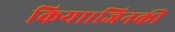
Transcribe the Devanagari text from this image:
किया।जिनकी